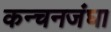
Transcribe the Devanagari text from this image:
कन्चनजंघा